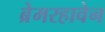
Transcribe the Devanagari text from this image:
ब्रेमरहावेन